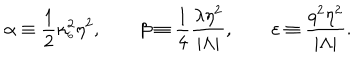
\alpha \equiv \frac { 1 } { 2 } \kappa _ { _ 6 } ^ { 2 } \eta ^ { 2 } , \qquad \beta \equiv \frac { 1 } { 4 } \frac { \lambda \eta ^ { 2 } } { | \Lambda | } , \qquad \varepsilon \equiv \frac { q ^ { 2 } \eta ^ { 2 } } { | \Lambda | } .